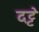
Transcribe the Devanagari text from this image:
दट्टे